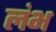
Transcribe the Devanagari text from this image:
लंभ